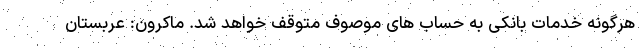
هرگونه خدمات بانکی به حساب های موصوف متوقف خواهد شد. ماکرون: عربستان